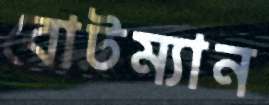
বোটম্যান